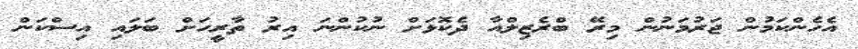
އެހެންކަމުން ޖަރުމަނުން މިރޭ ބްރެޒިލްއާ ދެކޮޅަށް ނުކުންނަ އިރު ތާރީހަށް ބަލައި އިސްކަން